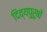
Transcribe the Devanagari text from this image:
दिव्यपुरुषों